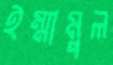
ইম্মামুল